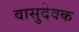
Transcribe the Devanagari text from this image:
वासुदेवक